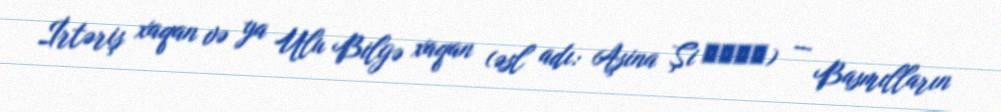
İrtəriş xaqan və ya Ulu Bilgə xaqan (əsl adı: Aşina Şi 阿史那施) — Basmılların